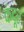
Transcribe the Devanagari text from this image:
कंदूर